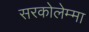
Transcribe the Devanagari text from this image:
सरकोलेम्मा